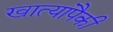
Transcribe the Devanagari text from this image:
खात्यांपैकी